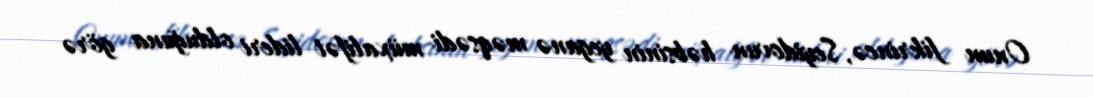
Onun fikrincə, Seyidovun həbsinin yeganə məqsədi müxalifət lideri olduğuna görə